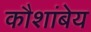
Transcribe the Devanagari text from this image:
कौशांबेय